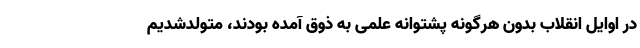
در اوایل انقلاب بدون هرگونه پشتوانه علمی به ذوق آمده بودند، متولدشدیم